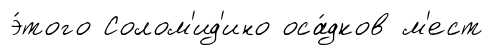
э́того Солом'ид'ино оса́дков м'ест